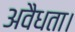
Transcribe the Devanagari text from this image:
अवैधता।